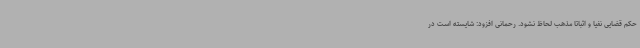
حکم قضایی نفیا و اثباتا مذهب لحاظ نشود. رحمانی افزود: شایسته است در